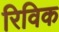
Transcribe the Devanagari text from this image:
रिविक